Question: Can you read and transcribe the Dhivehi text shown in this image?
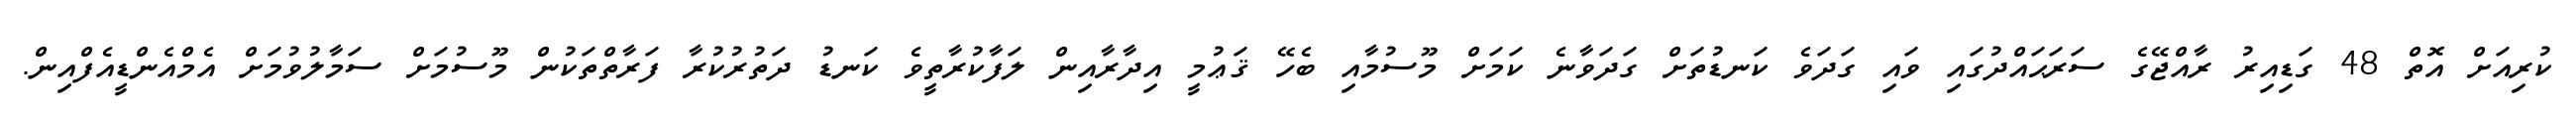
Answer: ކުރިއަށް އޮތް 48 ގަޑިއިރު ރާއްޖޭގެ ސަރަޙައްދުގައި ވައި ގަދަވެ ކަނޑުތަށް ގަދަވާނެ ކަމަށް މޫސުމާއި ބެހޭ ޤަޢުމީ އިދާރާއިން ލަފާކުރާތީވެ ކަނޑު ދަތުރުކުރާ ފަރާތްތަކުން މޫސުމަށް ސަމާލުވުމަށް އެމްއެންޑީއެފްއިން.